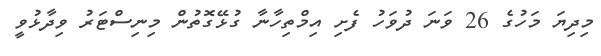
މިދިޔަ މަހުގެ 26 ވަނަ ދުވަހު ފެށި އިމްތިހާނާ ގުޅޭގޮތުން މިނިސްޓަރު ވިދާޅުވީ